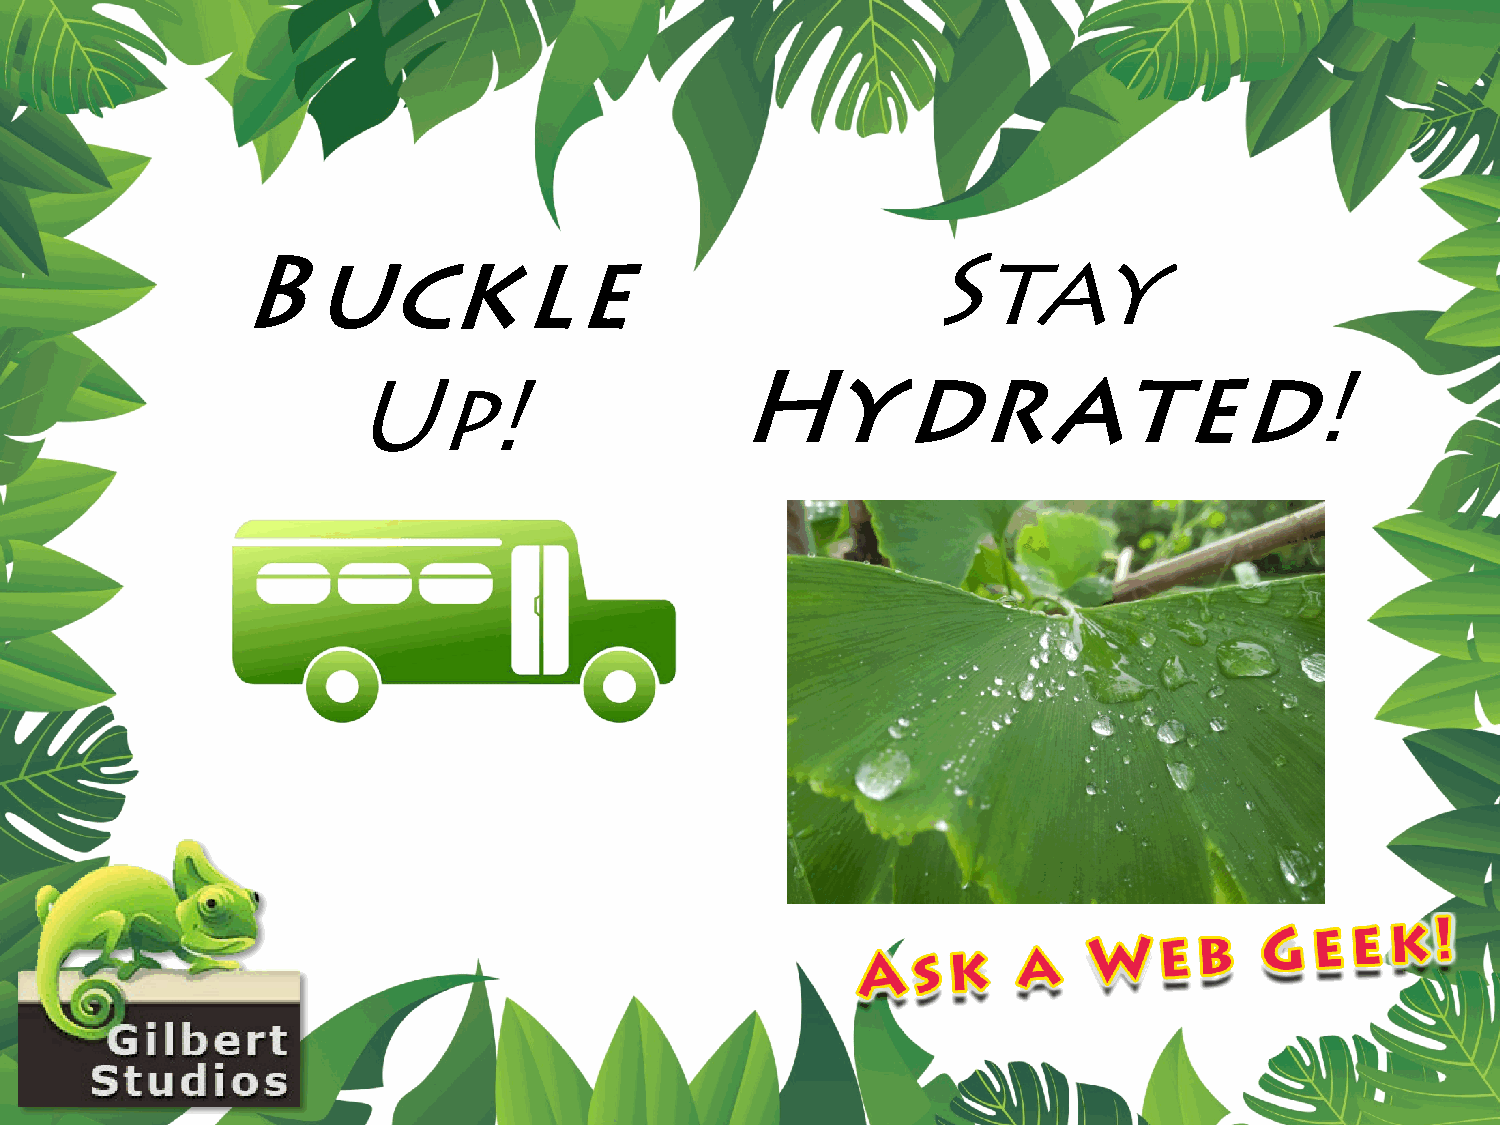
Buckle                                        Stay
 Hydrated!
 Up!